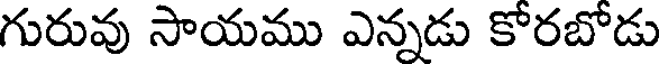
గురువు సాయము ఎన్నడు కోరబోడు